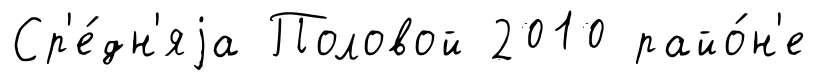
Ср'е́дн'яjа Половой 2010 райо́н'е